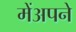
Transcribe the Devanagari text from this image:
मेंअपने